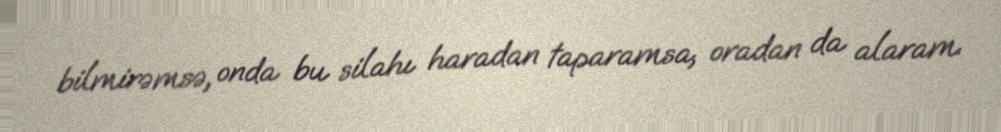
bilmirəmsə, onda bu silahı haradan taparamsa, oradan da alaram.